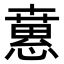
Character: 𢡘